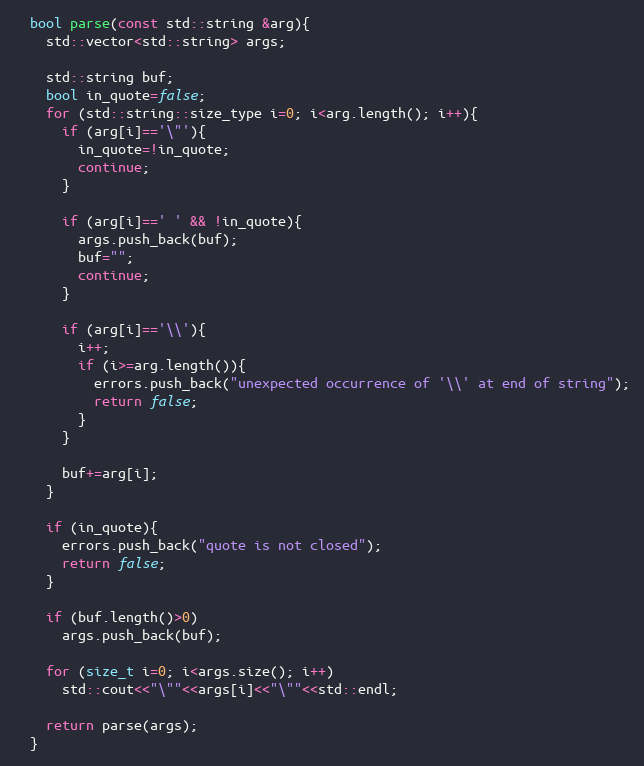
Language: C
  bool parse(const std::string &arg){
    std::vector<std::string> args;

    std::string buf;
    bool in_quote=false;
    for (std::string::size_type i=0; i<arg.length(); i++){
      if (arg[i]=='\"'){
        in_quote=!in_quote;
        continue;
      }

      if (arg[i]==' ' && !in_quote){
        args.push_back(buf);
        buf="";
        continue;
      }

      if (arg[i]=='\\'){
        i++;
        if (i>=arg.length()){
          errors.push_back("unexpected occurrence of '\\' at end of string");
          return false;
        }
      }

      buf+=arg[i];
    }

    if (in_quote){
      errors.push_back("quote is not closed");
      return false;
    }

    if (buf.length()>0)
      args.push_back(buf);

    for (size_t i=0; i<args.size(); i++)
      std::cout<<"\""<<args[i]<<"\""<<std::endl;

    return parse(args);
  }